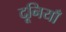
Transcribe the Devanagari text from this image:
दूनियाँ